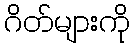
ဂိတ်များကို